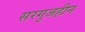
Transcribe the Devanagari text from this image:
सरगुजहीन